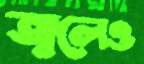
জ্বলেও